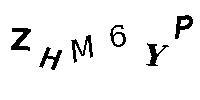
ZHM6YP